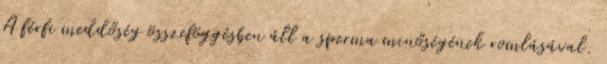
A férfi meddőség összeföggésben áll a sperma minőségének romlásával.